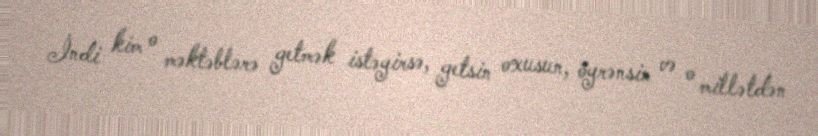
İndi kim o məktəblərə getmək istəyirsə, getsin oxusun, öyrənsin və o millətdən